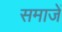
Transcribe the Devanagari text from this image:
समाजें